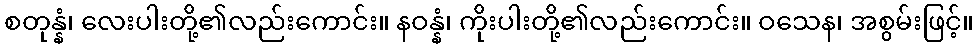
စတုန္နံ၊ လေးပါးတို့၏လည်းကောင်း။ နဝန္နံ၊ ကိုးပါးတို့၏လည်းကောင်း။ ဝသေန၊ အစွမ်းဖြင့်။